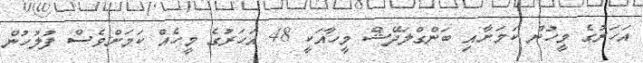
އަހަރުގެ މީހުން ކަމަށާއި ބަންގްލަދޭޝް މީހާއަކީ 48 އަހަރުގެ މީހެއް ކަމަށްވެސް ފުލުހުން